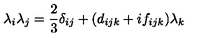
\lambda _ { i } \lambda _ { j } = \frac { 2 } { 3 } \delta _ { i j } + ( d _ { i j k } + i f _ { i j k } ) \lambda _ { k }